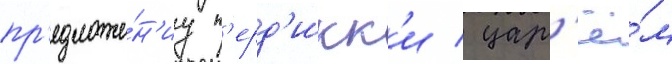
пр'едложе́н'иу п'ерд'икк'и / цар'ё́м